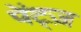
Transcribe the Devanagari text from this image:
पेंट्ज़